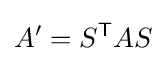
A'=S^{\mathsf {T}}AS